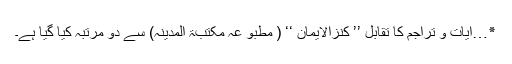
٭…آیات و تراجم کا تقابل ’’ کنزالایمان ‘‘ ( مطبو عہ مکتبۃ المدینہ) سے دو مرتبہ کیا گیا ہے۔